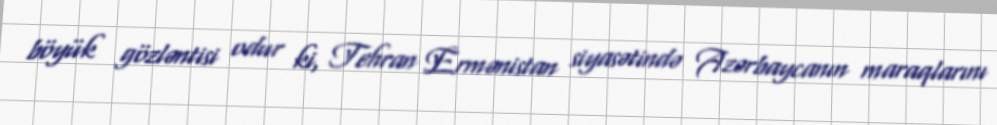
böyük gözləntisi odur ki, Tehran Ermənistan siyasətində Azərbaycanın maraqlarını